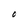
Character: O